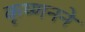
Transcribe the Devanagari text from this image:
कृष्णनने